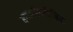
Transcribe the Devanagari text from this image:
क्वाडरिप्लीजिक